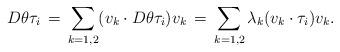
LaTeX: \begin{align*}D\theta \tau_i \,&=\, \sum_{k=1,2} (v_k\cdot D\theta \tau_i )v_k \,=\, \sum_{k=1,2}\lambda_k (v_k\cdot \tau_i)v_k. \end{align*}